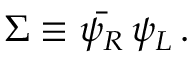
\Sigma \equiv \bar { \psi _ { R } } \, \psi _ { L } \, .